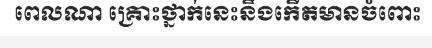
ពេលណា គ្រោះថ្នាក់នេះនឹងកើតមានចំពោះ